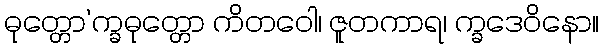
ဓုတ္တော’က္ခဓုတ္တော ကိတဝေါ၊ ဇူတကာရ၊ က္ခဒေဝိနော။